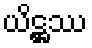
ယိဋ္ဌဿ